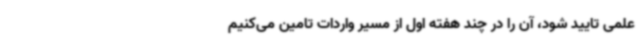
علمی تایید شود، آن را در چند هفته اول از مسیر واردات تامین می‌کنیم